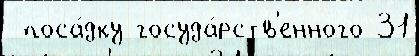
 поса́дку госуда́рств'енного 31